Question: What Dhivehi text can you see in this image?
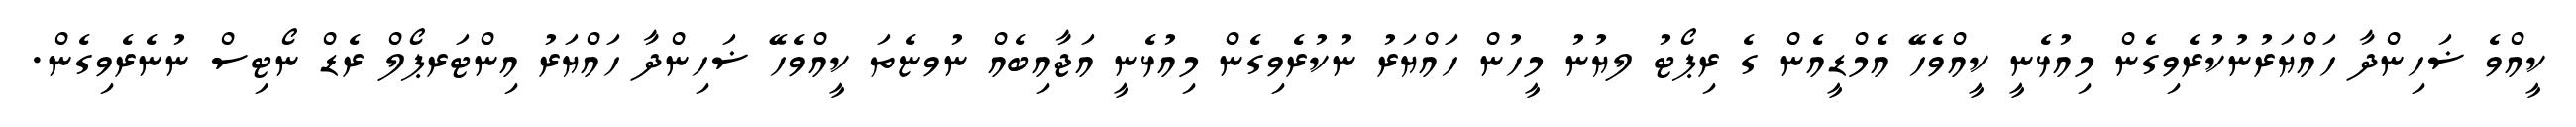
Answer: ކީއްވެ ޟަހިންދާ ހައްޔަރުނުކުރެވިގެން މިއުޅެނީ ކީއްވެހޭ އެމްޑީއެން ގެ ރިޕޯޓު ލޔުނު މީހުން ހައްޔަރު ނުކުރެވިގެން މިއުޅެނީ އަޖާއިބެއް ނުވޏެތަ ކީއްވެހޭ ޟަހިންދާ ހައްޔަރު އިންޓަރޕޯލް ރެޑް ނޯޓިސް ނުނެރެވިގެން.